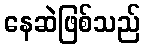
နေဆဲဖြစ်သည်